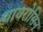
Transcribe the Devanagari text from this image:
थायरोसिन